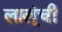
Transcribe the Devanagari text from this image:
लालूंची